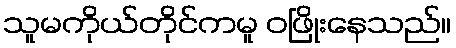
သူမကိုယ်တိုင်ကမူ ဝဖြိုးနေသည်။